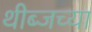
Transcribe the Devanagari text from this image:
थीब्जच्या